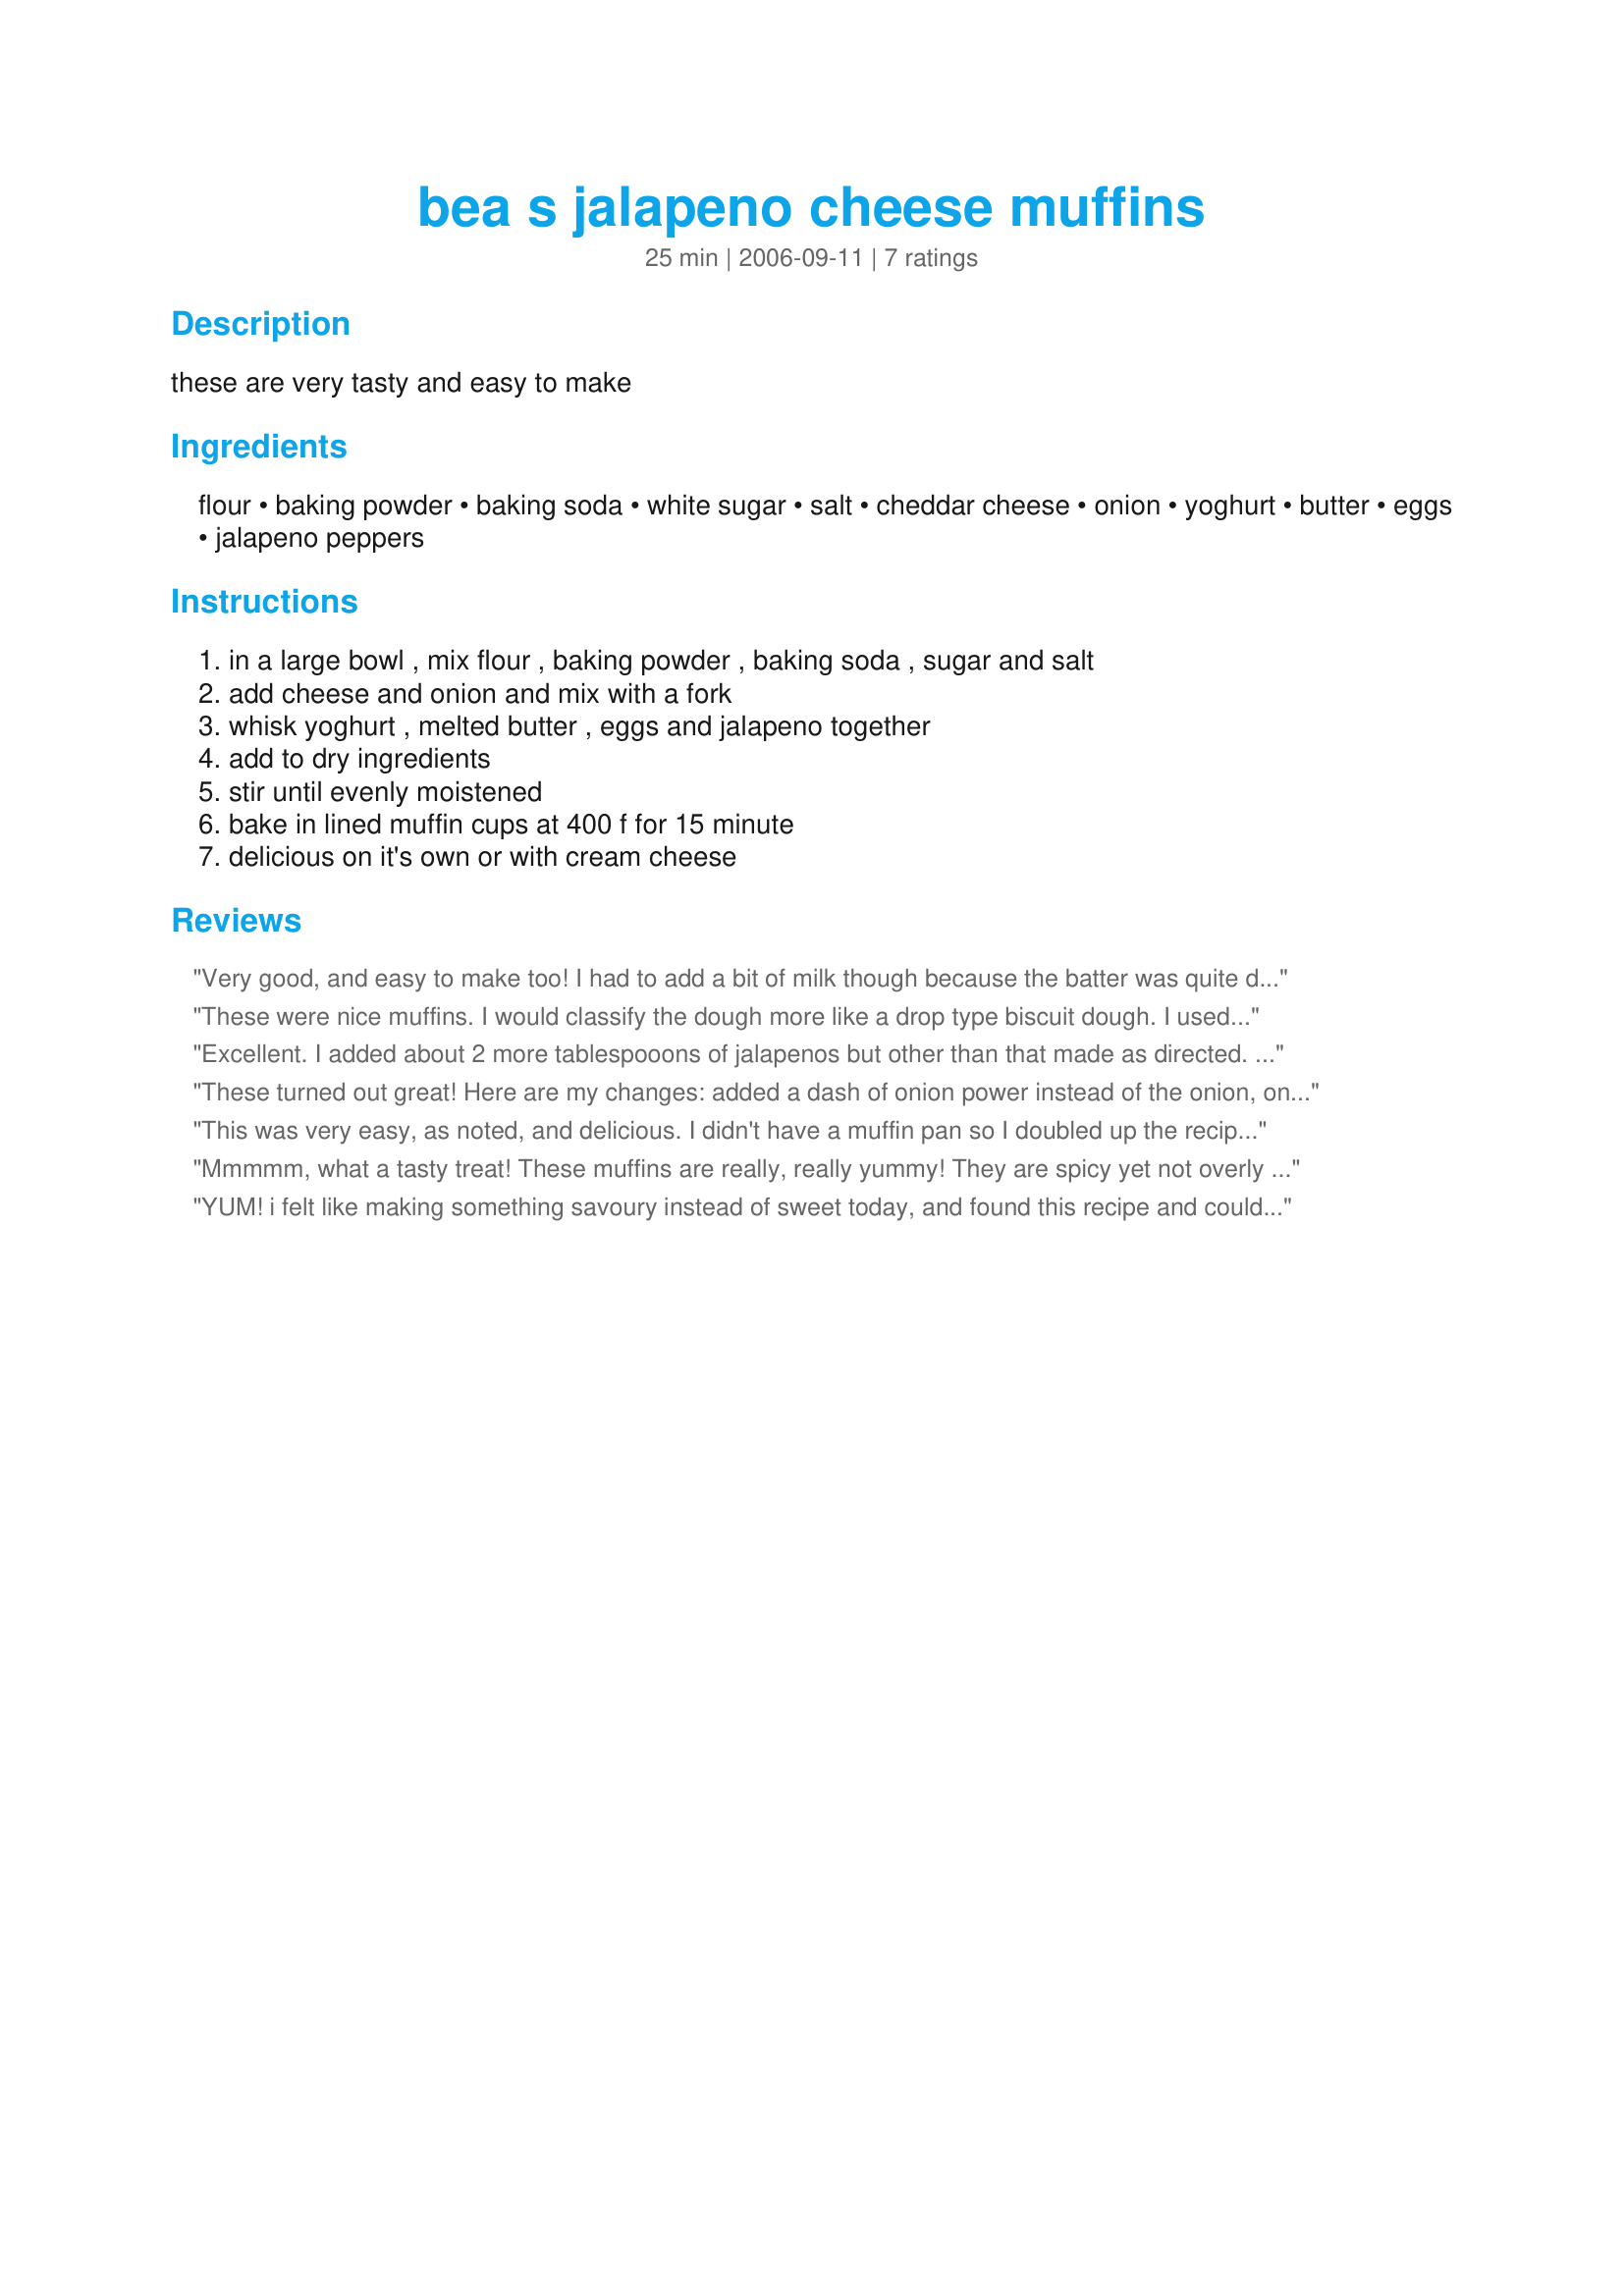
bea s jalapeno cheese muffins
Preparation time: 25 minutes

these are very tasty and easy to make

Ingredients:
flour, baking powder, baking soda, white sugar, salt, cheddar cheese, onion, yoghurt, butter, eggs, jalapeno peppers

Steps:
in a large bowl , mix flour , baking powder , baking soda , sugar and salt, add cheese and onion and mix with a fork, whisk yoghurt , melted butter , eggs and jalapeno together, add to dry ingredients, stir until evenly moistened, bake in lined muffin cups at 400 f for 15 minute, delicious on it's own or with cream cheese

Reviews:
Very good, and easy to make too! I had to add a bit of milk though because the batter was quite dry and only used 1 ts of sugar. Delicious muffins! Thank you for sharing!
These were nice muffins. I would classify the dough more like a drop type biscuit dough. I used fat free sour cream and had to add about a 1/4 milk to be able mix dough properly. I used a combination of green pickled jalepenos and pickled red roasted jalepenos. Spicy and nice. Found they worked better served with a little pat of butter.
Excellent. I added about 2 more tablespooons of jalapenos but other than that made as directed. The heat of the peppers was perfect for us. Texture right on. Went wonderfully with our steak dinner. Thanks so much for sharing. Made for PRMR :)
These turned out great! Here are my changes: added a dash of onion power instead of the onion, only added one large serrano chili that I sauteed first in a tiny bit of oil (it wasn't spicy enough so I'll need to add more chilies next time), and the batter was very dry so I added a tiny bit of milk. Very nice high muffins and easy to make too!
This was very easy, as noted, and delicious. I didn't have a muffin pan so I doubled up the recipe and cooked it in rectangular cake pan. I cooked it until a toothpick came out clean when placed in middle of cake.
It went over quite well!!
Mmmmm, what a tasty treat! These muffins are really, really yummy! They are spicy yet not overly so and have a great cheesy fluffly crunchy texture.
I made a few changes due to dietary restrictions and what I had on hand: I used a yellow chili pepper as jalapenos were out, left out the sugar and used whole spelt flour in place of the ap. It all worked our really well and I couldnt stop munching on these treats. :)
THANK YOU SO MUCH for sharing your wonderful recipe with us, Pink!
Made and reviewed for 1-2-3-Hit Wonders May 2010.
YUM! i felt like making something savoury instead of sweet today, and found this recipe and couldn&#039;t resist. I switched up a few things due to not having them on hand, and also added some things i wanted to use up. I didn&#039;t have any sour cream, plain yogurt or milk for that matter, so I used cream cheese? Random but only thing I could think of and they turned out very nicely! I also added some finely chopped ham, and used half whole wheat flour with half white flour, and as per recommendations a little less sugar. Either way I highly recommend, and can&#039;t imagine these turning out badly any way you make them! Thanks for the great recipe, will be sure to make again!
